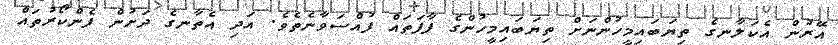
އޭރުން އެކަލާނގެ ތިޔަބައިމީހުންނަށް ތިޔަބައިމީހުންގެ ފާފަތައް ފުއްސަވާނެތެވެ. އަދި އެތާނގެ ދަށުން ފެންކޯރުތައް